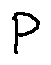
P